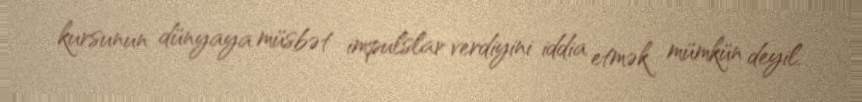
kursunun dünyaya müsbət impulslar verdiyini iddia etmək mümkün deyil.